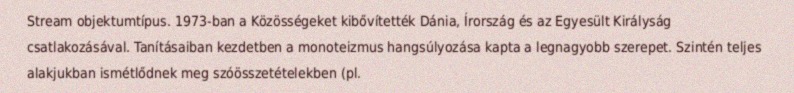
Stream objektumtípus. 1973-ban a Közösségeket kibővítették Dánia, Írország és az Egyesült Királyság csatlakozásával. Tanításaiban kezdetben a monoteizmus hangsúlyozása kapta a legnagyobb szerepet. Szintén teljes alakjukban ismétlődnek meg szóösszetételekben (pl.